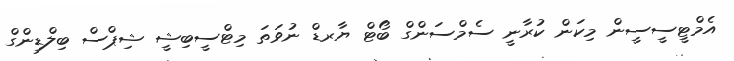
އެމްޓީސީސީން މިކަން ކުރާނީ ސެމްސަންގް ބޯޓް ޔާރޑް ނުވަތަ މިޓްސީބިޝީ ޝިޕްސް ބިލްޑިންގް